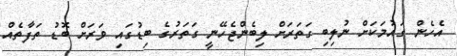
އެހެން ގައުމަކަށް ނުލިބި ގަތަރަށް ލިބެންޖެހޭނީ ގަތަރުގެ ބިޑުގައި ވަރަށް ބޮޑު ތަފާތެއް